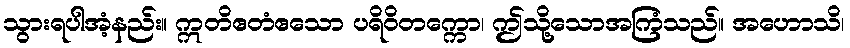
သွားရပါအံ့နည်း။ ဣတိဧတံဧသော ပရိဝိတက္ကော၊ ဤသို့သောအကြံသည်။ အဟောသိ၊